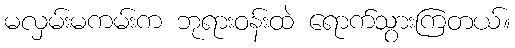
မလှမ်းမကမ်းက ဘုရားဝန်းထဲ ရောက်သွားကြတယ်။